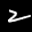
Label: 2